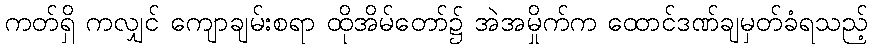
ကတ်ရှိ ကလျှင် ကျောချမ်းစရာ ထိုအိမ်တော်၌ အဲအမှိုက်က ထောင်ဒဏ်ချမှတ်ခံရသည့်